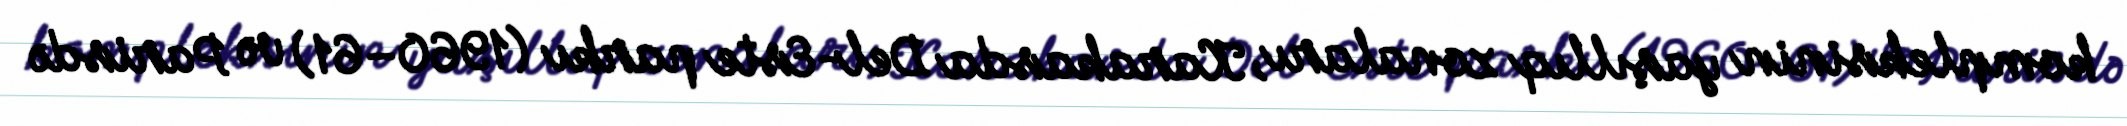
kompleksinin yaşıllıq zonaları, Karakasda Del-Este parkı (1960–61) və Parisdə